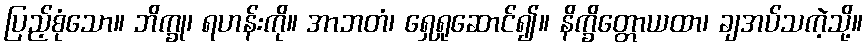
ပြည့်စုံသော။ ဘိက္ခု၊ ရဟန်းကို။ အာဘတံ၊ ရှေရှုဆောင်၍။ နိက္ခိတ္တောယထာ၊ ချအပ်သကဲ့သို့။